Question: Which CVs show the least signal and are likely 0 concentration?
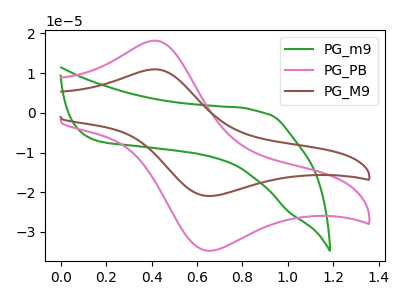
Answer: <think>The green curve "PG_m9" has no peaks. The pink curve "PG_PB" has an anodic peak at (0.40V, 18.20uA) and a cathodic peak at (0.65V, -34.70uA). The brown curve "PG_M9" has an anodic peak at (0.40V, 10.95uA) and a cathodic peak at (0.65V, -20.90uA).</think>
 <answer>"PG_m9" is likely to be a blank.</answer>
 <eval>PG_m9</eval>